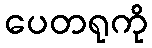
ပေတရုကို